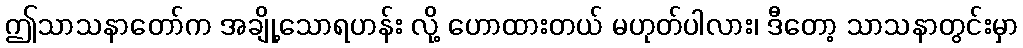
ဤသာသနာတော်က အချို့သောရဟန်း လို့ ဟောထားတယ် မဟုတ်ပါလား၊ ဒီတော့ သာသနာတွင်းမှာ